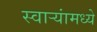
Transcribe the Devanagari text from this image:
स्वाऱ्यांमध्ये